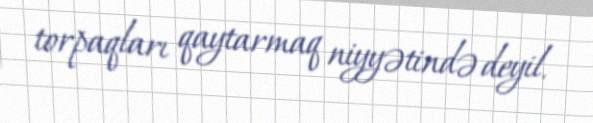
torpaqları qaytarmaq niyyətində deyil.